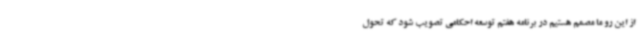
از این رو ما مصمم هستیم در برنامه هفتم توسعه احکامی تصویب شود که تحول